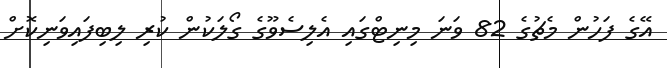
އޭގެ ފަހުން މެޗުގެ 82 ވަނަ މިނިޓްގައި އެލިސެވޫގެ ގޯލަކުން ކުރި ލިބިފައިވަނިކޮށް